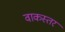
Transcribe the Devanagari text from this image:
वाकस्तर